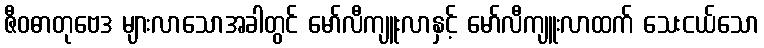
ဇီဝဓာတုဗေဒ များလာသောအခါတွင် မော်လီကျူးလာနှင့် မော်လီကျူးလာထက် သေးငယ်သော